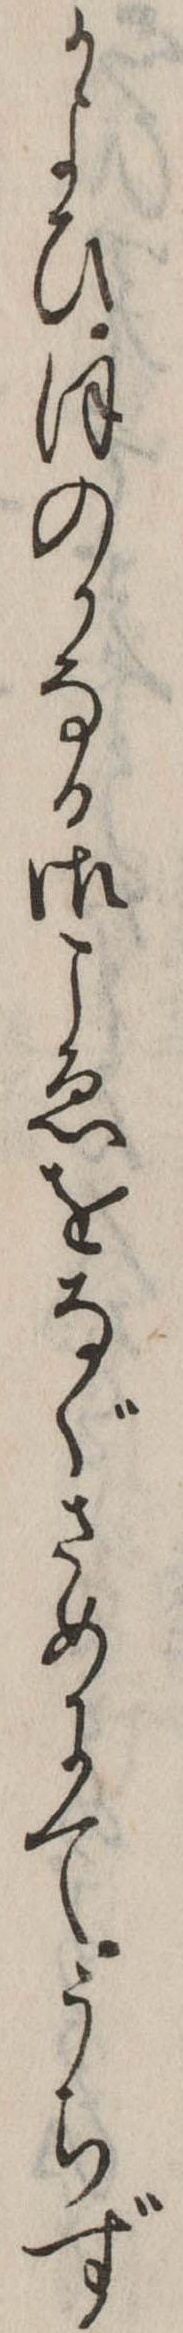
かよひほのかなる御こゑをなぐさめにてうちず